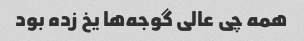
همه چی عالی گوجه‌ها یخ زده بود